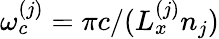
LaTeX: \omega_{c}^{(j)}=\pi c/(L_{x}^{(j)}n_{j})